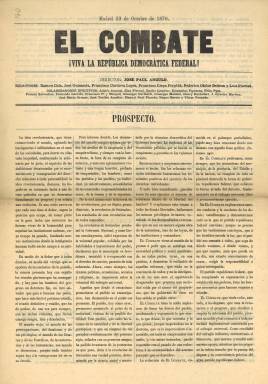
Título: El Combate (Madrid. 1870)
Colección: Periódicos
Ámbito geográfico: Madrid
Lugar de publicación: Madrid
Fechas: 23/10/1870-27/09/1872

Diario que bajo su cabecera estampa la leyenda “¡Viva la República Democrática Federal”, fundado y dirigido por el jerezano José Paúl y Angulo (1838-1892), tras abandonar este la dirección de La igualdad, considerado como el gran diario republicano del comienzo del Sexenio Democrático. Mientras este se configura como órgano oficial del republicanismo federal, el que Paúl y Angulo comienza a publicar a partir del uno de noviembre de 1870 se sitúa en el ala “intransigente”, siendo calificado como “subversivo y demagógico” por Pedro Gómez Aparicio, y escrito “en un tono de una violencia extraordinaria”, tal como señala María Cruz Seoane.

El combate será una publicación eminentemente doctrinal y militante de la revolución política y social que hace honor a su título, y sus principales editorialistas y articulistas son el también diputado jerezano Ramón Cala, Francisco Córdova López y Francisco Rispa Perpiñá, acompañados en la redacción por José Guisasola, Federico Carlos Beltrán y Luis Pierrad. Al poco tiempo se incorporará, como secretario de redacción, el malagueño Francisco Flores García, y actuará como administrador Ignacio Sastre, colaborando también en sus páginas Eduardo Navarro y Gonzalvo. Se ha escrito que Paúl y Angulo tuvo tres rencores personales que destilaban de su periódico: el general Juan Prim, ahora presidente del gobierno; Nicolás María Rivero y Felipe Ducazcal, jefe de lo que se denominó “Partida de la porra”, y ello, en un momento en el que fue habitual que los redactores de El combate portaran visiblemente sus revólveres en la redacción del diario.

También contaba con una sección bajo el epígrafe Provincias, en donde daba inclusión a cartas e informes. En la sección Extranjero sólo publicaba notas sobre los sucesos de Francia. También incluía partes telegráficos, remitidos y comunicados, pero sólo con noticias sobre el republicanismo federal, así como folletines de educación política y careció de anuncios publicitarios.

El caso es que, en su cortísima vida, El combate será denunciado en numerosísimas veces, llegando a ser recogida su tirada por orden gubernamental en alguna ocasión, y suspenderá su publicación el 25 de diciembre, publicando este día una hoja impresa sólo por una cara en la que hace un llamamiento a las armas contra el “gobierno usurpador” y tildando al inminente rey Amadeo I como “tirano extranjero“. Tanto Paúl y Angulo como sus compañeros de El combate estarán unidos inseparablemente al magnicidio del general Prim de dos días después, y el que hasta ese momento había sido diputado de la minoría intransigente marchará a su exilio definitivo tras ser encausado en el mismo, al igual que Guisasola.

En su lugar, a partir del nueve de enero 1871 será publicada La lucha que, fundada por Ignacio Sastre, sólo editará trece números y se dedicará a atacar a Pí y Margal, Figueras y Castelar, es decir, a los dirigentes del partido. Del dos de febrero al 27 de septiembre de 1872 reaparecerá El combate, pero ahora escrito en un tono menos agresivo, pero manteniendo su anticlericalismo, antimonarquismo y su espíritu revolucionario, y dirigido en esta segunda época por Francisco Rispa y Perpiñá, que será también su propietario. Entre octubre y noviembre de ese mismo año será sustituido por El Tribunal del Pueblo.

Sobre la prensa republicana del Sexenio Democrático, véase el trabajo de Carmen Pérez Roldán, de 1999, publicado en Historia y comunicación social.